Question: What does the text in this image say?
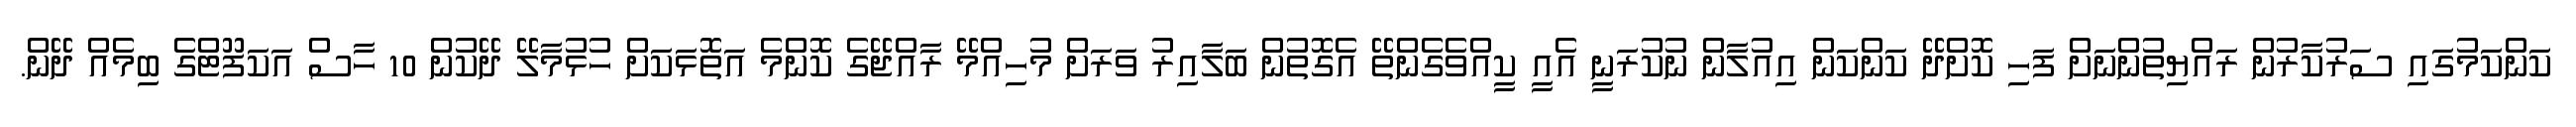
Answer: ކަންކަމުގައި ސަރުކާރުން ރައްޔިތުންނަށް ފަހި ކޮށްދޭ ކަންކަން އިއުލާން ނުކުރަނީ އެއީ ކީއްވެގެންތޭ އެގޮތުން ބަލާއިރު ވަރަށް މުހިއްމޭ ރާއްޖޭގެ ކޮންމެ އަތޮޅަކަށް ހުޅުމާލޭ ދޭކުން 10 ހާސް އަކަފޫޓްގެ ބިމެއް ދޭން.